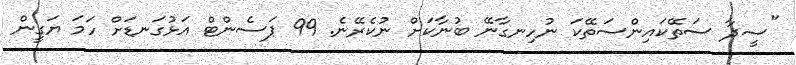
"ސީދާ ސަތޭކައިންސަތޭކަ ނުހިނގާނޭ ބުނާކަށް ނުކެރޭނެ. 99 ޕަސެންޓް އަޅުގަނޑަށް ހަމަ ޔަގީން